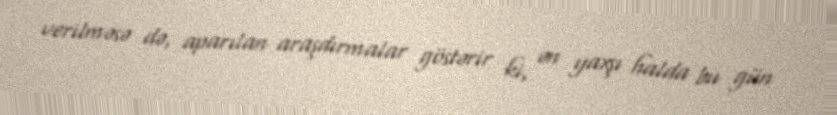
verilməsə də, aparılan araşdırmalar göstərir ki, ən yaxşı halda bu gün